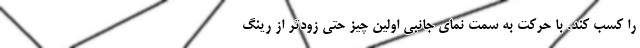
را کسب کند. با حرکت به سمت نمای جانبی اولین چیز حتی زودتر از رینگ